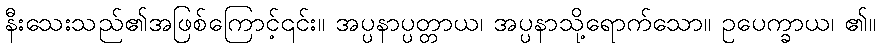
နီးသေးသည်၏အဖြစ်ကြောင့်၎င်း။ အပ္ပနာပ္ပတ္တာယ၊ အပ္ပနာသို့ရောက်သော။ ဥပေက္ခာယ၊ ၏။